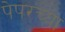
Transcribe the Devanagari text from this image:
पेपरच्या